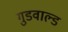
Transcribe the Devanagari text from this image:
गुडवाल्ड